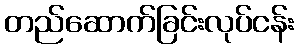
တည်ဆောက်ခြင်းလုပ်ငန်း